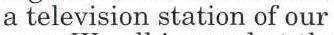
a television station of our